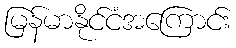
မြန်မာနိုင်ငံအကြောင်း